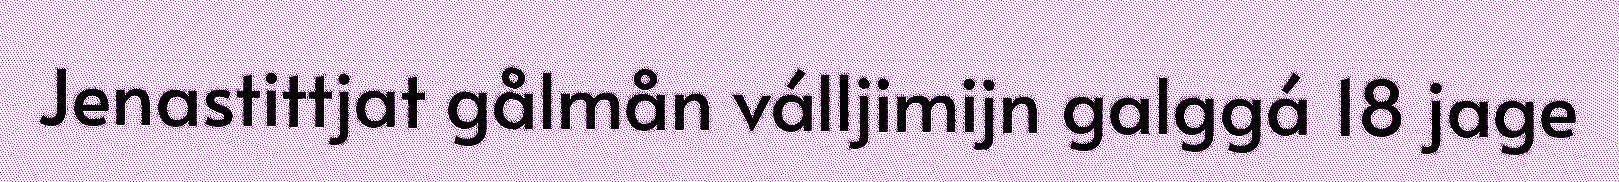
Jenastittjat gålmån válljimijn galggá 18 jage